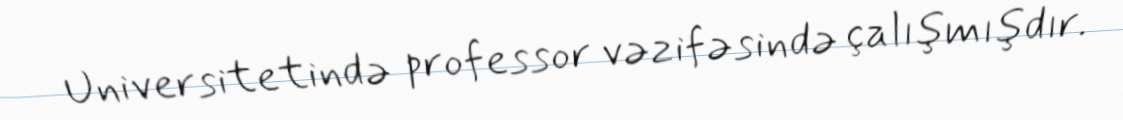
Universitetində professor vəzifəsində çalışmışdır.